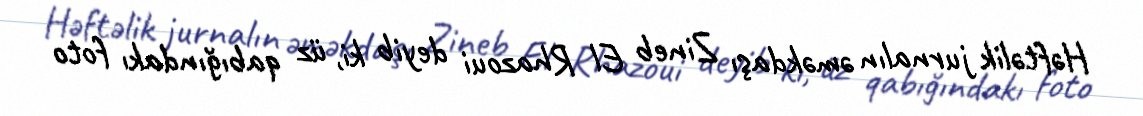
Həftəlik jurnalın əməkdaşı Zineb El Rhazoui deyib ki, üz qabığındakı foto